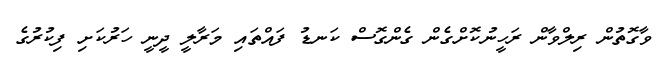
ވާގޮތުން ރިލްވާން ރަހީނުކޮށްގެން ގެންގޮސް ކަނޑު ފައްތައި މަރާލީ ދީނީ ހަރުކަށި ފިކުރުގެ